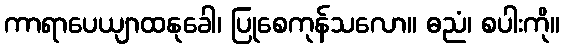
ကာရာပေယျာထနုခေါ၊ ပြုစေကုန်သလော။ ဓညံ၊ စပါးကို။